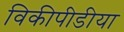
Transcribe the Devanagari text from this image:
विकीपीडीया